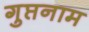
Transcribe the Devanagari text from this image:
गुप्तनाम